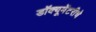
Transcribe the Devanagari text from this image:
डॉक्यूमेंटरीचे